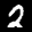
Label: 2